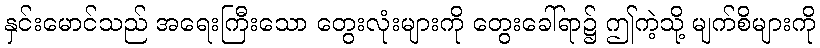
နှင်းမောင်သည် အရေးကြီးသော တွေးလုံးများကို တွေးခေါ်ရာ၌ ဤကဲ့သို့ မျက်စိများကို